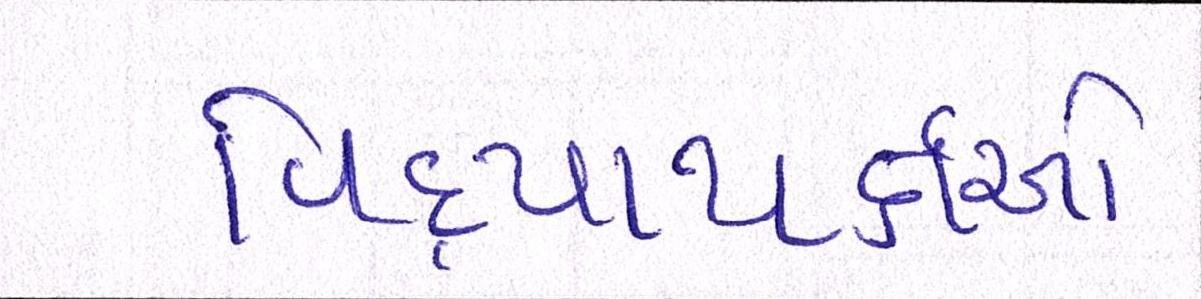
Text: વિદ્યાથર્ક્ષઓ